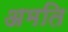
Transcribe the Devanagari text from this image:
अमति